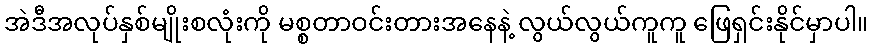
အဲဒီအလုပ်နှစ်မျိုးစလုံးကို မစ္စတာဝင်းတားအနေနဲ့ လွယ်လွယ်ကူကူ ဖြေရှင်းနိုင်မှာပါ။